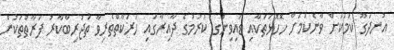
އުނދަގޫ ކަމަކަށް ވާނެކަމަށް ހޮހޮޅަތަކާއި ޑައިވިންގ ކުރުމުގެ ދާއިރާގައި ހަރަކާތްތެރިވާ ތަޖުރިބާކާރު ފަރާތްތަކުން